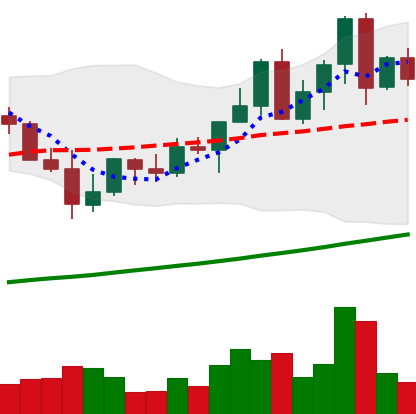
Ticker: LINK-USD
Chart end date: 2021-04-09
Forward return: 30.953%
Label: up_7plus